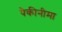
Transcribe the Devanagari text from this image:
पैकीनीमा